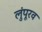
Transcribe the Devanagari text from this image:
लुंपूरव